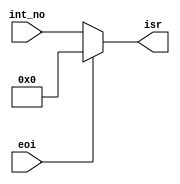
module ISR (
    input [7:0] int_no,  // Interrupt number being serviced
    input eoi,           // End of Interrupt signal
    output reg [7:0] isr  // In-Service Register output
);
  
  initial begin
    isr = 8'b00000000;
    isr = 0;
  end
    // Always block for asynchronous operation:
    always @* begin
        if (eoi) begin
            isr = 0;  // Reset the bit for the interrupt
        end else begin
            isr = 8'b00000000;
            isr = int_no;  // Set the bit for the interrupt being serviced
        end
    end

endmodule